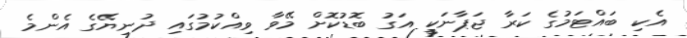
އެކި ބައްޓަމުގެ ކަރާ ޖަޕާނަކީ އަގު ބޮޑުކޮށް މޭވާ ވިއްކުމުގައި ދުނިޔޭގެ އެންމެ